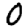
Digit: 0